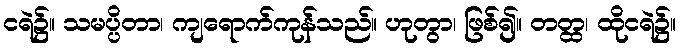
ငရဲ၌။ သမပ္ပိတာ၊ ကျရောက်ကုန်သည်။ ဟုတွာ၊ ဖြစ်၍။ တတ္ထ၊ ထိုငရဲ၌။